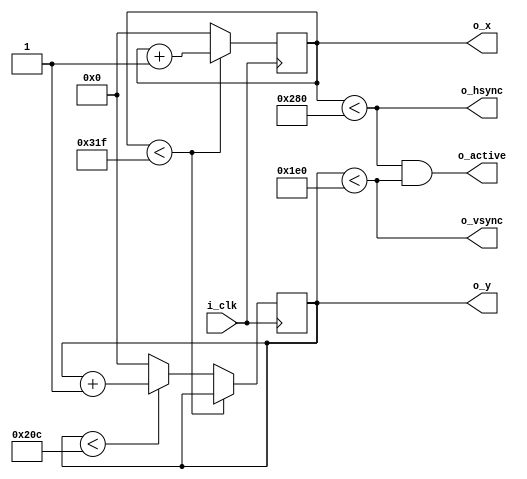
module VGASyncPulseGenerator
  #(
    parameter WIDTH = 800,   
    parameter HEIGHT = 525,
    parameter WIDTH_ACTIVE = 640,
    parameter HEIGHT_ACTIVE = 480
  )
  (
    input i_clk,
    output o_hsync,
    output o_vsync,
    output [10:0] o_x,
    output [10:0] o_y,
    output o_active
  );
  
  reg [10:0] r_counter_x;
  reg [10:0] r_counter_y;
  
  always @(posedge i_clk)
    begin
      if (r_counter_x < (WIDTH-1))
        begin
          r_counter_x <= r_counter_x + 1;
        end
      else
        begin
          r_counter_x <= 0;
          
          if (r_counter_y < (HEIGHT-1))
            begin
              r_counter_y <= r_counter_y + 1;
            end
          else
            begin
              r_counter_y <= 0;
            end           
        end
    end
  
  assign o_hsync = (r_counter_x < WIDTH_ACTIVE);
  assign o_vsync = (r_counter_y < HEIGHT_ACTIVE);
  assign o_x = r_counter_x;
  assign o_y = r_counter_y;
  assign o_active = (r_counter_x < WIDTH_ACTIVE) && (r_counter_y < HEIGHT_ACTIVE);

endmodule